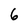
Character: 6